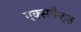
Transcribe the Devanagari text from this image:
एक्सपैन्ड्स